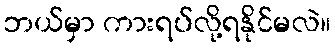
ဘယ်မှာ ကားရပ်လို့ရနိုင်မလဲ။